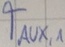
Text: TAUX,1